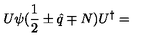
U \psi ( { \frac { 1 } { 2 } } \pm \hat { q } \mp N ) U ^ { \dagger } =